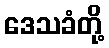
ဒေသခံတို့